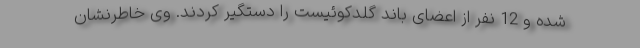
شده و 12 نفر از اعضای باند گلدکوئیست را دستگیر کردند. وی خاطرنشان